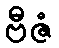
ဗီဇံ